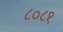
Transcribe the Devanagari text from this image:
८०८१